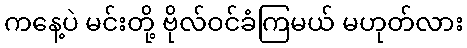
ကနေ့ပဲ မင်းတို့ ဗိုလ်ဝင်ခံကြမယ် မဟုတ်လား